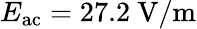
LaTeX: E_{\mathrm{ac}}=27.2~\mathrm{V/m}